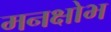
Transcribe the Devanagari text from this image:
मनक्षोभ